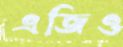
এজিও